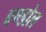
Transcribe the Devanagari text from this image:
बण्डोल